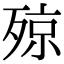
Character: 𣨣